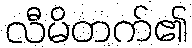
လီမိတက်၏